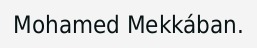
Mohamed Mekkában.